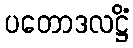
ပတောဒလဋ္ဌိံ